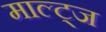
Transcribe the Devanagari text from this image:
माल्ट्ज